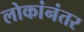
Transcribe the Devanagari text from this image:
लोकांनंतर